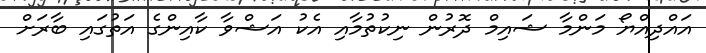
އައްދިއްޔޯ މަންމާ ޝައިމް ދޮރުން ނިކުތުމާއި އެކު އަޝްވާ ކާއިންގެ އަތުގައި ބާރަށް